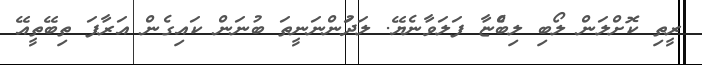
ރީތި ކޮށްލަން ލޯބި ލިބެްޏާ ފަލަވާނެޔޭ. ލަދުަންނަނީތަ ބުނަން ކައިގެން އަރާފަ ތިބޭތީއޭ